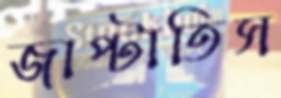
জাপ্‌টাতিস